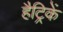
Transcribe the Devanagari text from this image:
हैट्रिकें